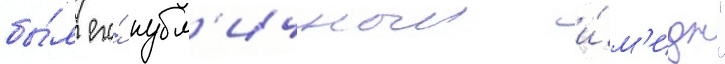
бы́л его́ публ'ичныи и́м'идж"